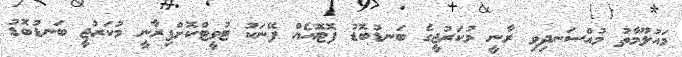
މައުލޫމާތު މުއްސަނދިވި ރާނީ މުކަރުޖީގެ ބަނޑުބޮޑު ފޮޓޮއެއް ފޭނަކު ޓުވީޓްކޮށްފިރާނީ މުކަރުޖީ ބަނޑުބޮޑު